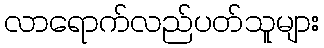
လာရောက်လည်ပတ်သူများ